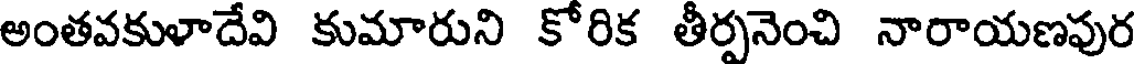
అంతవకుళాదేవి కుమారుని కోరిక తీర్పనెంచి నారాయణపుర